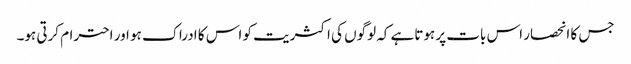
جس کا انحصار اس بات پر ہوتاہے کہ لوگوں کی اکثریت کو اس کا ادراک ہو اور احترام کرتی ہو۔